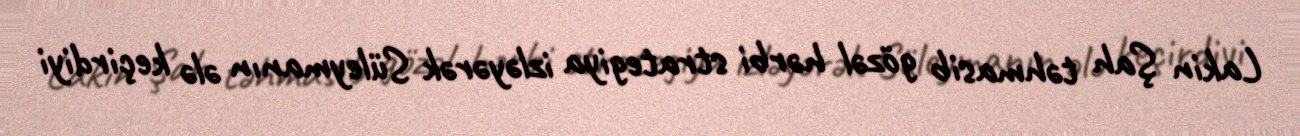
Lakin Şah təhmasib gözəl hərbi strategiya izləyərək Süleymanın ələ keçirdiyi